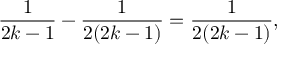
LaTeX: { \frac { 1 } { 2 k - 1 } } - { \frac { 1 } { 2 ( 2 k - 1 ) } } = { \frac { 1 } { 2 ( 2 k - 1 ) } } ,